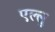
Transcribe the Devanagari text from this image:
एल्लु